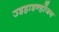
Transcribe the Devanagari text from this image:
उइहाइन्होंजन